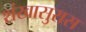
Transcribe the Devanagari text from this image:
शंखासुरास